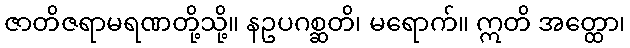
ဇာတိဇရာမရဏတို့သို့။ နဥပဂစ္ဆတိ၊ မရောက်။ ဣတိ အတ္ထော၊